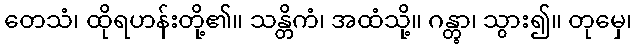
တေသံ၊ ထိုရဟန်းတို့၏။ သန္တိကံ၊ အထံသို့။ ဂန္တွာ၊ သွား၍။ တုမှေ၊